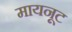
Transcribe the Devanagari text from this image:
मायनूट